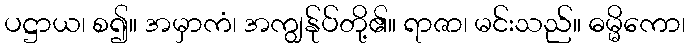
ပဋ္ဌာယ၊ စ၍။ အမှာကံ၊ အကျွန်ုပ်တို့၏။ ရာဇာ၊ မင်းသည်။ ဓမ္မိကော၊